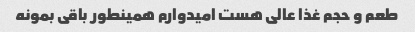
طعم و حجم غذا عالی هست امیدوارم همینطور باقی بمونه